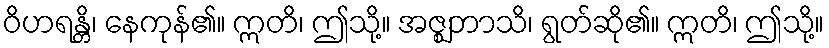
ဝိဟရန္တိ၊ နေကုန်၏။ ဣတိ၊ ဤသို့။ အဇ္ဈဘာသိ၊ ရွတ်ဆို၏။ ဣတိ၊ ဤသို့။